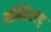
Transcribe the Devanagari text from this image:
अन्फिएल्द्